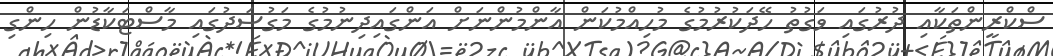
ސްކްރީންތަކާއި ދުރުގައި ވަގުތު ހޭދަކުރުމުގެ މުހިއްމުކަން އާންމުންނަށް އަންގައިދިނުމުގެ މަގުސަދުގައި މާސްޓަކާޑުން ހިންގި